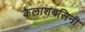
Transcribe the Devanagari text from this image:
कैलाशबसिनी